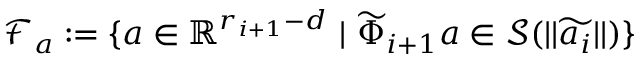
\mathcal { F } _ { a } : = \{ \boldsymbol { a } \in \mathbb { R } ^ { r _ { i + 1 } - d } \mathrm { ~ } | \mathrm { ~ } \widetilde { \Phi } _ { i + 1 } \boldsymbol { a } \in \mathcal { S } ( | | \widetilde { \boldsymbol { a } _ { i } } | | ) \}